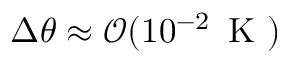
\Delta \theta \approx \mathcal { O } ( 1 0 ^ { - 2 } \, \mathrm { ~ K ~ } )